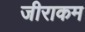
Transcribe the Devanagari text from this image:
जीराकम